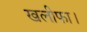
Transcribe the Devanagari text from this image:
खलीफा।